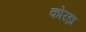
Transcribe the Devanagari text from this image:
कोरड़ा